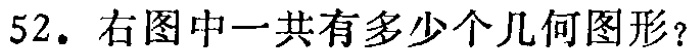
52. 右图中一共有多少个几何图形？